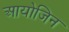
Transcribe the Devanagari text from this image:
आयोजिन